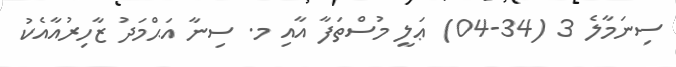
ސިނަމާލެ 3 (34-04) ޢަލީ މުސްތަފާ އާއި މ. ސިނާ އަޙްމަދު ޒާހިރުއާއެކު